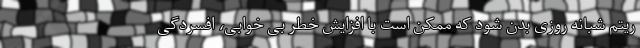
ریتم شبانه روزی بدن شود که ممکن است با افزایش خطر بی خوابی، افسردگی